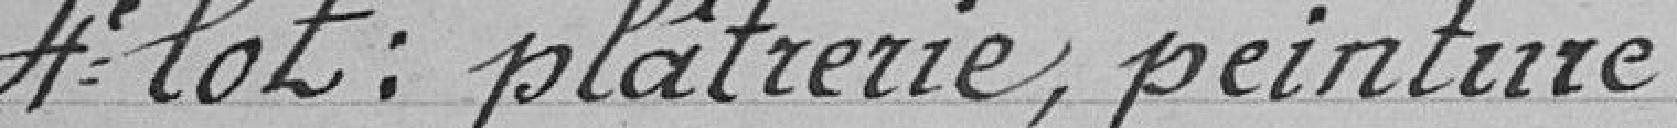
4e lot : plâtrerie, peinture.